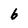
Character: b